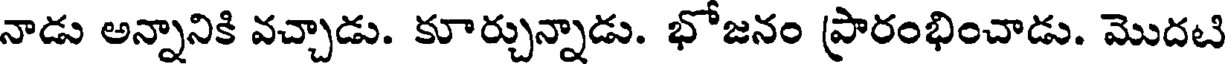
నాడు అన్నానికి వచ్చాడు. కూర్చున్నాడు. భోజనం ప్రారంభించాడు. మొదటి